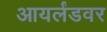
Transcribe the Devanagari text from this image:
आयर्लंडवर